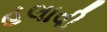
હલાવી